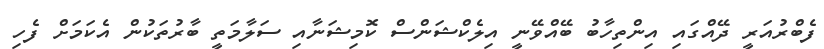
ފެބްރުއަރީ ދޭއްގައި އިންތިހާބު ބޭއްވޭނީ އިލެކްޝަންސް ކޮމިޝަނާއި ސަލާމަތީ ބާރުތަކުން އެކަމަށް ފެހި